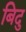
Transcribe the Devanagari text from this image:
बिदु